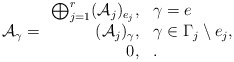
\begin{align*} \mathcal{A}_{\gamma}= \begin{array}{rl} \bigoplus_{j=1}^r(\mathcal{A}_j)_{e_j},& \gamma=e\\ (\mathcal{A}_j)_{\gamma},& \gamma\in \Gamma_j\setminus {e_j},\\ 0,& . \end{array} \end{align*}